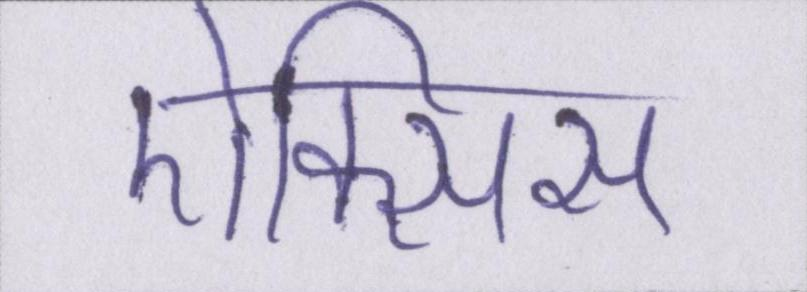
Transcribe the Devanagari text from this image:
ऐक्सिस